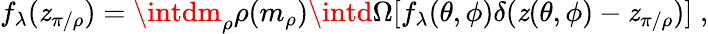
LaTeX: f_{\lambda}(\mathit{z}_{\pi/\rho})=\intdm_{\rho}\rho(m_{\rho})\intd\Omega[f_{\lambda}(\theta,\phi)\delta(\mathit{z}(\theta,\phi)-\mathit{z}_{\pi/\rho})]\; ,